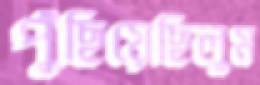
পুঁছিয়েছিলুম